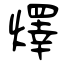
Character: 燡